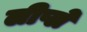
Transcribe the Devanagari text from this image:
लीप्ले